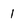
Character: 1